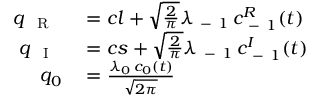
\begin{array} { r l } { q _ { \mathrm { ~ { ~ R ~ } ~ } } } & { { } = c l + \sqrt { \frac { 2 } { \pi } } \lambda _ { \mathrm { ~ - ~ } 1 } \, c _ { \mathrm { ~ - ~ } 1 } ^ { R } ( t ) } \\ { q _ { \mathrm { ~ { ~ I ~ } ~ } } } & { { } = c s + \sqrt { \frac { 2 } { \pi } } \lambda _ { \mathrm { ~ - ~ } 1 } \, c _ { \mathrm { ~ - ~ } 1 } ^ { I } ( t ) } \\ { q _ { 0 } } & { { } = \frac { \lambda _ { 0 } \, c _ { 0 } ( t ) } { \sqrt { 2 \pi } } } \end{array}